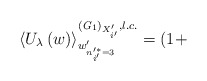
\begin{align*}\left\langle U_{\lambda}\left(w\right)\right\rangle^{\left({\it G}_{1}\right)_{X'_{i'}},l.c.}_{w'_{n'^{*}_{i'}=3}}=\left(1+\right.\end{align*}